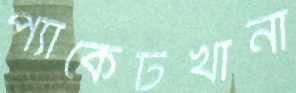
প্যাকেটখানা